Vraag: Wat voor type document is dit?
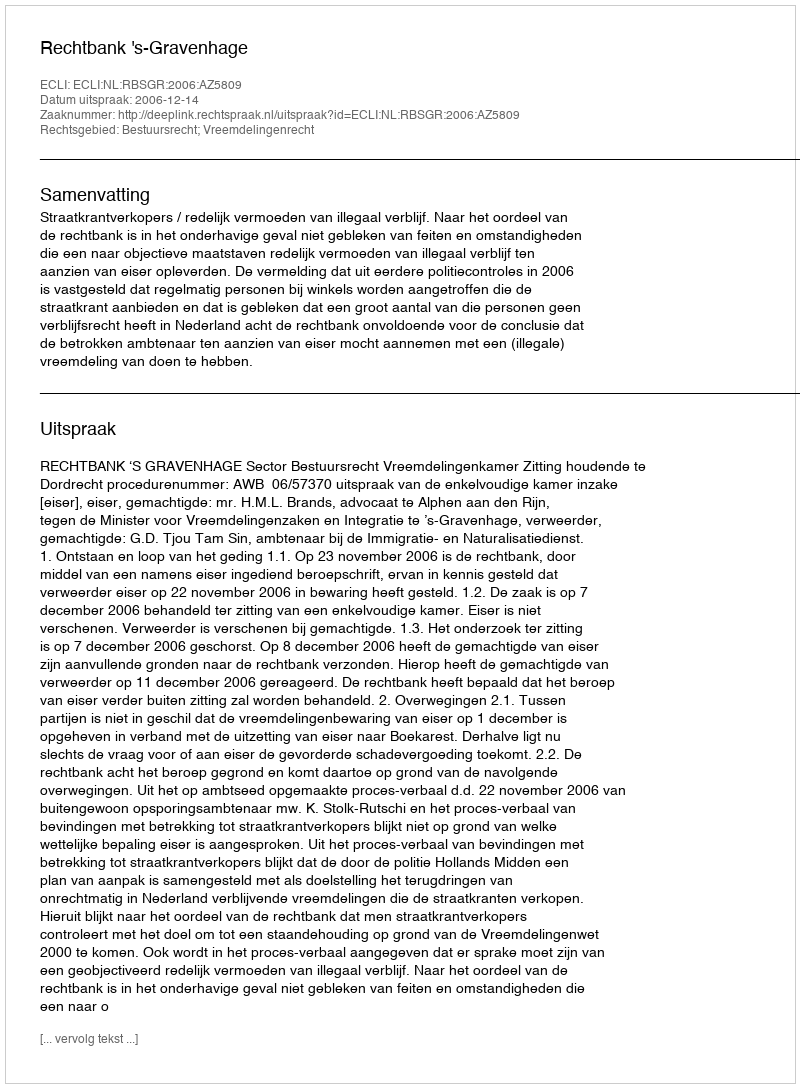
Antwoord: Uitspraak